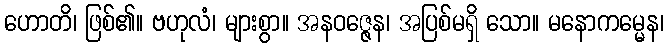
ဟောတိ၊ ဖြစ်၏။ ဗဟုလံ၊ များစွာ။ အနဝဇ္ဇေန၊ အပြစ်မရှိ သော။ မနောကမ္မေန၊